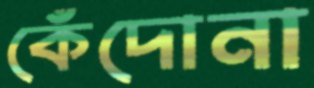
কেঁদোনা